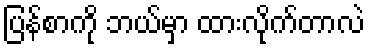
ပြန်စာကို ဘယ်မှာ ထားလိုက်တာလဲ